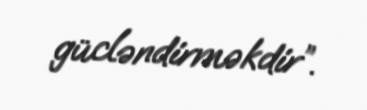
gücləndirməkdir”.